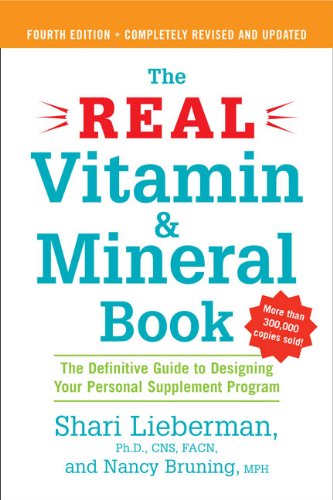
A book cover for The Real Vitamin and Mineral Book, 4th edition: The Definitive Guide to Designing Your Personal Supplement Program; Shari Lieberman; Health, Fitness & Dieting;